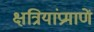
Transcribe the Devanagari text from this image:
क्षत्रियांप्रमाणें